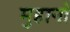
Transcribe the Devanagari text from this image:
मुहानो